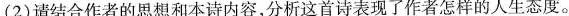
(2)请结合作者的思想和本诗内容，分析这首诗表现了作者怎样的人生态度。